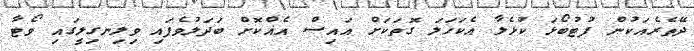
ދޭތެރެއަކުން ފުޓުބޯޅަ ކުޅެލާ އެކަހަލަ ގޮތަކަށް އައިސް އެއްކޮށް ބަދަލުވެފައި ވިލިނގިލީގައި ވޯޓާ